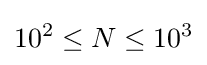
10^{2}\leq N\leq 10^{3}